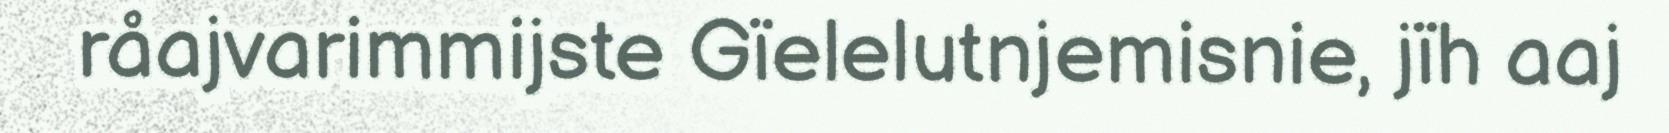
råajvarimmijste Gïelelutnjemisnie, jïh aaj